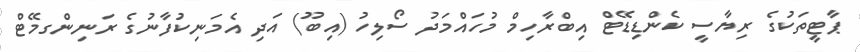
ޕާޓީތަކުގެ ރިޔާސީ ކެންޑިޑޭޓް އިބްރާހިމް މުހައްމަދު ސޯލިހު (އިބޫ) އަދި އެމަނިކުފާނުގެ ރަނިންގމޭޓް